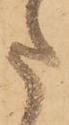
た